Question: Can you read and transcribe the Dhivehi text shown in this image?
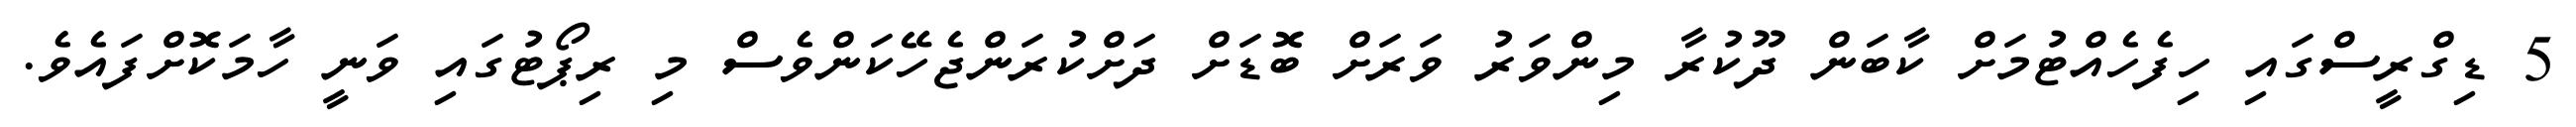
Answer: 5 ޑިގްރީސްގައި ހިފެހެއްޓުމަށް ކާބަން ދޫކުރާ މިންވަރު ވަރަށް ބޮޑަށް ދަށްކުރަންޖެހޭކަންވެސް މި ރިޕޯޓުގައި ވަނީ ހާމަކޮށްފައެވެ.